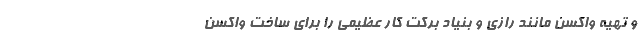
و تهیه واکسن مانند رازی و بنیاد برکت کار عظیمی را برای ساخت واکسن